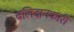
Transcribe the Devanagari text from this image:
बलिदानकारी